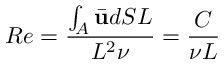
R e = \frac { \int _ { A } \bar { \mathbf { u } } d S L } { L ^ { 2 } \nu } = \frac { C } { \nu L }